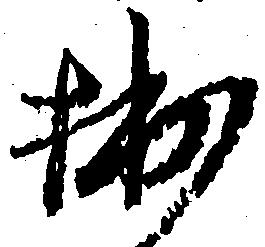
拙